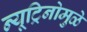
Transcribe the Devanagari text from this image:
न्यूट्रिनोमुळे